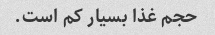
حجم غذا بسیار کم است.